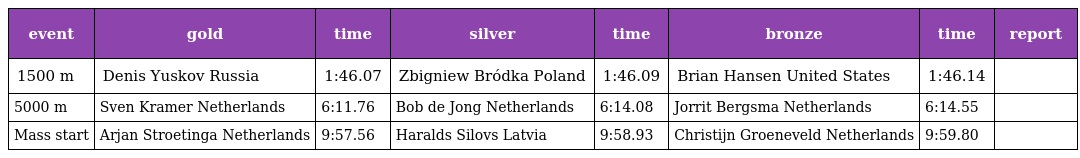
| event | gold | time | silver | time | bronze | time | report |
 | --- | --- | --- | --- | --- | --- | --- | --- |
 | 1500 m | Denis Yuskov Russia | 1:46.07 | Zbigniew Bródka Poland | 1:46.09 | Brian Hansen United States | 1:46.14 |  |
 | 5000 m | Sven Kramer Netherlands | 6:11.76 | Bob de Jong Netherlands | 6:14.08 | Jorrit Bergsma Netherlands | 6:14.55 |  |
 | Mass start | Arjan Stroetinga Netherlands | 9:57.56 | Haralds Silovs Latvia | 9:58.93 | Christijn Groeneveld Netherlands | 9:59.80 |  |